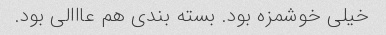
خیلی خوشمزه بود. بسته بندی هم عااالی بود.